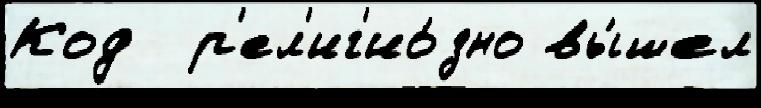
Код  р'ел'иг'ио́зно вы́шел